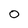
Character: O